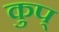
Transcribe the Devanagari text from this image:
कुप्